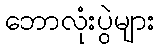
ဘောလုံးပွဲများ